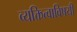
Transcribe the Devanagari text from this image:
व्यक्तित्वाविषयी